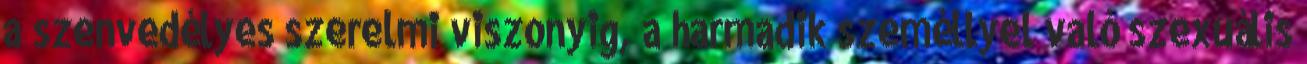
a szenvedélyes szerelmi viszonyig, a harmadik személlyel való szexuális